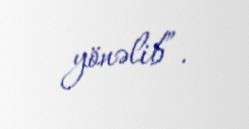
yönəlib”.